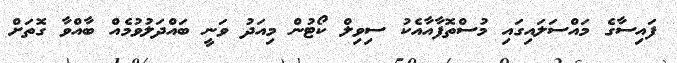
ފައިސާގެ މައްސަލައިގައި މުސްތޮފާއާއެކު ސިވިލް ކޯޓުން މިއަދު ވަނީ ބައްދަލުވުމެއް ބާއްވާ ގޮތަށް